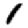
Digit: 1